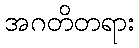
အဂတိတရား